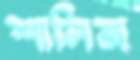
শালিজ